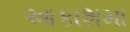
આકાશમા